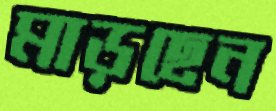
মাড়ছেন